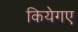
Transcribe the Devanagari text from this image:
कियेगए